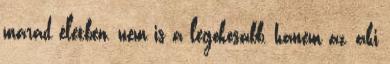
marad életben, nem is a legokosabb, hanem az, aki